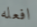
افعله